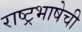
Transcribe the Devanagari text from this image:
राष्ट्रभाषेची